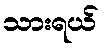
သားရယ်